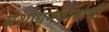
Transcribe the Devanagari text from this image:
संशोधनकार्याची